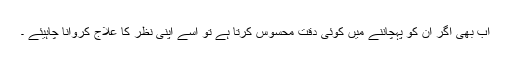
اب بھی اگر ان کو پہچاننے میں کوئی دقت محسوس کرتا ہے تو اسے اپنی نظر کا علاج کروانا چاہیئے ۔